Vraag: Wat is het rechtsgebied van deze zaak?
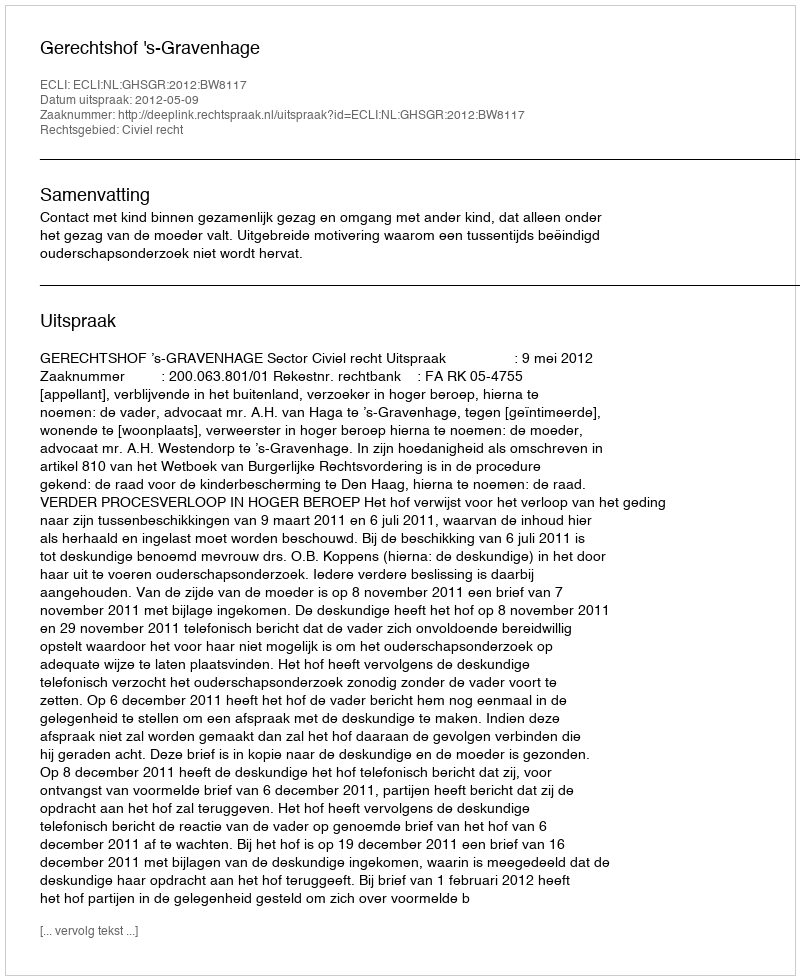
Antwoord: Civiel recht